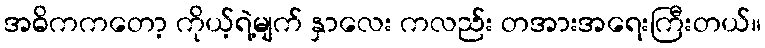
အဓိကကတော့ ကိုယ့်ရဲ့မျက် နှာလေး ကလည်း တအားအရေးကြီးတယ်။